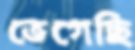
ভেগেছি